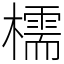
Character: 檽